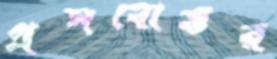
প্রসবোত্তর